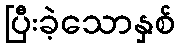
ပြီးခဲ့သောနှစ်